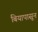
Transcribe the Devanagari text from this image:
बियापासून